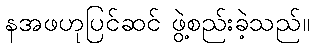
နအဖဟုပြင်ဆင် ဖွဲ့စည်းခဲ့သည်။